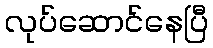
လုပ်ဆောင်နေပြီ